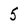
Character: 5